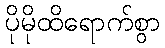
ပိုမိုထိရောက်စွာ